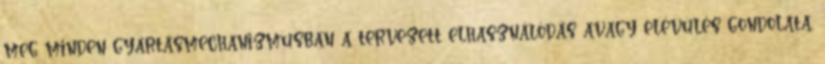
meg minden gyártásmechanizmusban a tervezett elhasználódás avagy elévülés gondolata,